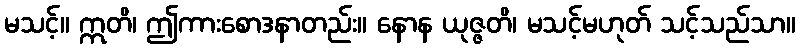
မသင့်။ ဣတိ၊ ဤကားစောဒနာတည်း။ နောန ယုဇ္ဇတိ၊ မသင့်မဟုတ် သင့်သည်သာ။